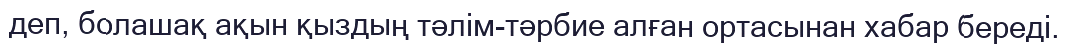
деп, болашақ ақын қыздың тәлім-тәрбие алған ортасынан хабар береді.